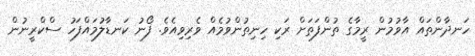
ހަނދާންތައް އާވުމުން ރީމާގެ ތުންފަތަށް ރަކި ހިނިތުންވުމެއް ވެރިވިއެވެ. ފޯނު ކަނޑާލުމައްފަހު ސްކްރީނުން